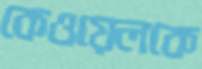
কেওয়েলকে